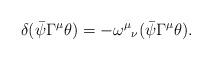
LaTeX: \begin{align*}\delta(\bar\psi\Gamma^\mu\theta)=-{\omega^\mu}_\nu(\bar\psi\Gamma^\mu\theta).\end{align*}